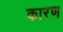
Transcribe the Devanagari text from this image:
कारण